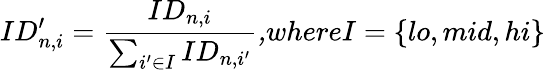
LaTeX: ID_{n,i}^{\prime}=\frac{ID_{n,i}}{\sum_{i^{\prime}\in I}ID_{n,i^{\prime}}}\textit{,where}I=\{ lo,mid,hi\}